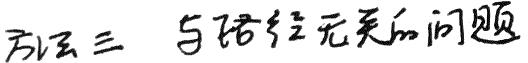
方法三 与路径无关的问题